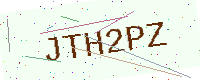
Text: JTH2PZ